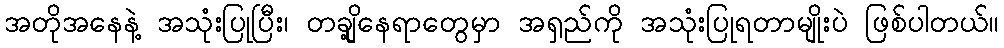
အတိုအနေနဲ့ အသုံးပြုပြီး၊ တချို့နေရာတွေမှာ အရှည်ကို အသုံးပြုရတာမျိုးပဲ ဖြစ်ပါတယ်။